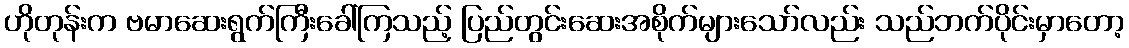
ဟိုတုန်းက ဗမာဆေးရွက်ကြီးခေါ်ကြသည့် ပြည်တွင်းဆေးအစိုက်များသော်လည်း သည်ဘက်ပိုင်းမှာတော့